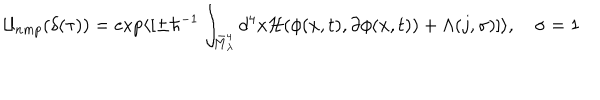
LaTeX: { \cal U } _ { n m p } ( \delta ( \tau ) ) = \exp \langle [ \pm \hbar ^ { - 1 } \int _ { \bar { M } _ { \lambda } ^ { 4 } } d ^ { 4 } x { \cal H } ( \phi ( x , t ) , \partial \phi ( x , t ) ) + \Lambda ( j , \sigma ) ] \rangle , \quad \sigma = 1